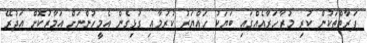
ފަރާތްތަކުން ކުރި މުޒާހަރާއެއްގައި ބަޔަކު ހައްޔަރު ކުރުމާއި ގުޅިގެން އެމީހުންނަށް އަމާޒުކޮށް އަދުރޭ